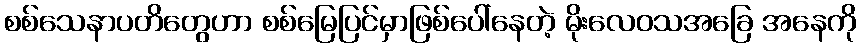
စစ်သေနာပတိတွေဟာ စစ်မြေပြင်မှာဖြစ်ပေါ်နေတဲ့ မိုးလေဝသအခြေ အနေကို